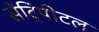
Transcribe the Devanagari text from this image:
सेंट्रिपीटल